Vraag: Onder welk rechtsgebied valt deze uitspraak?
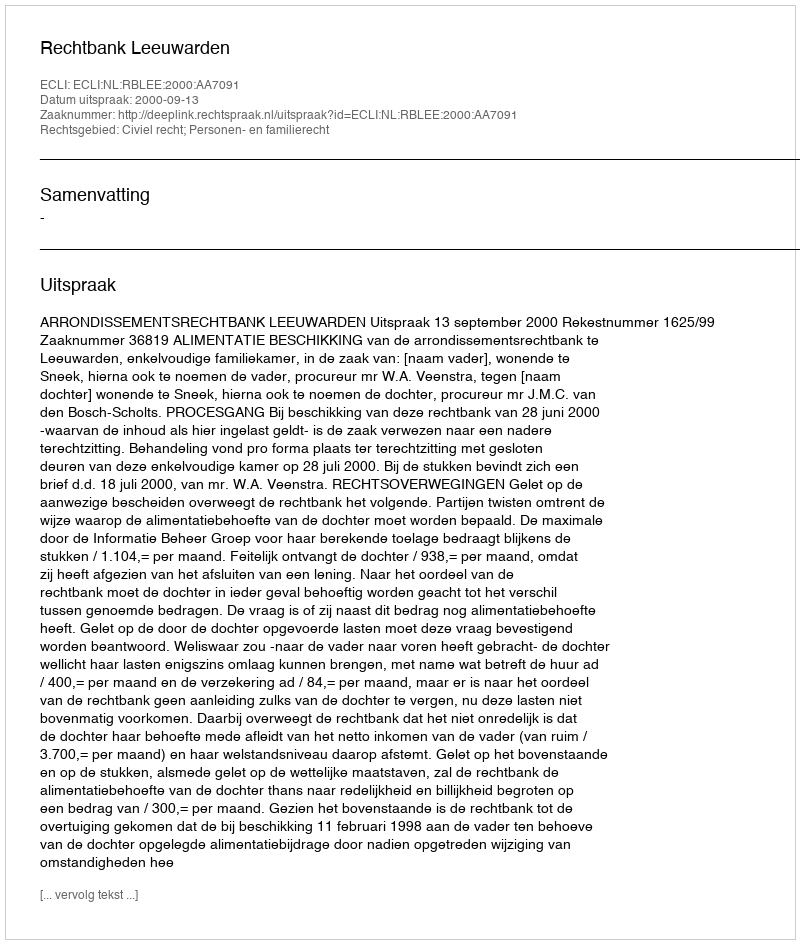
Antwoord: Civiel recht; Personen- en familierecht